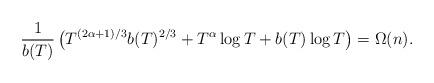
LaTeX: \begin{align*}\frac{1}{b(T)}\left(T^{(2\alpha+1)/3}b(T)^{2/3}+ T^\alpha\log T+b(T)\log T\right)=\Omega(n).\end{align*}